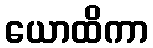
ယောထိကာ